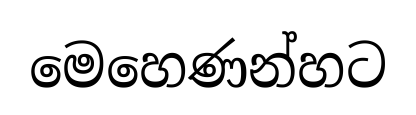
මෙහෙණන්හට